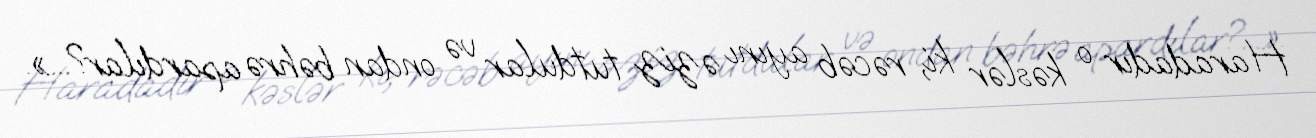
Haradadır o kəslər ki, rəcəb ayını əziz tutdular və ondan bəhrə apardılar?...».